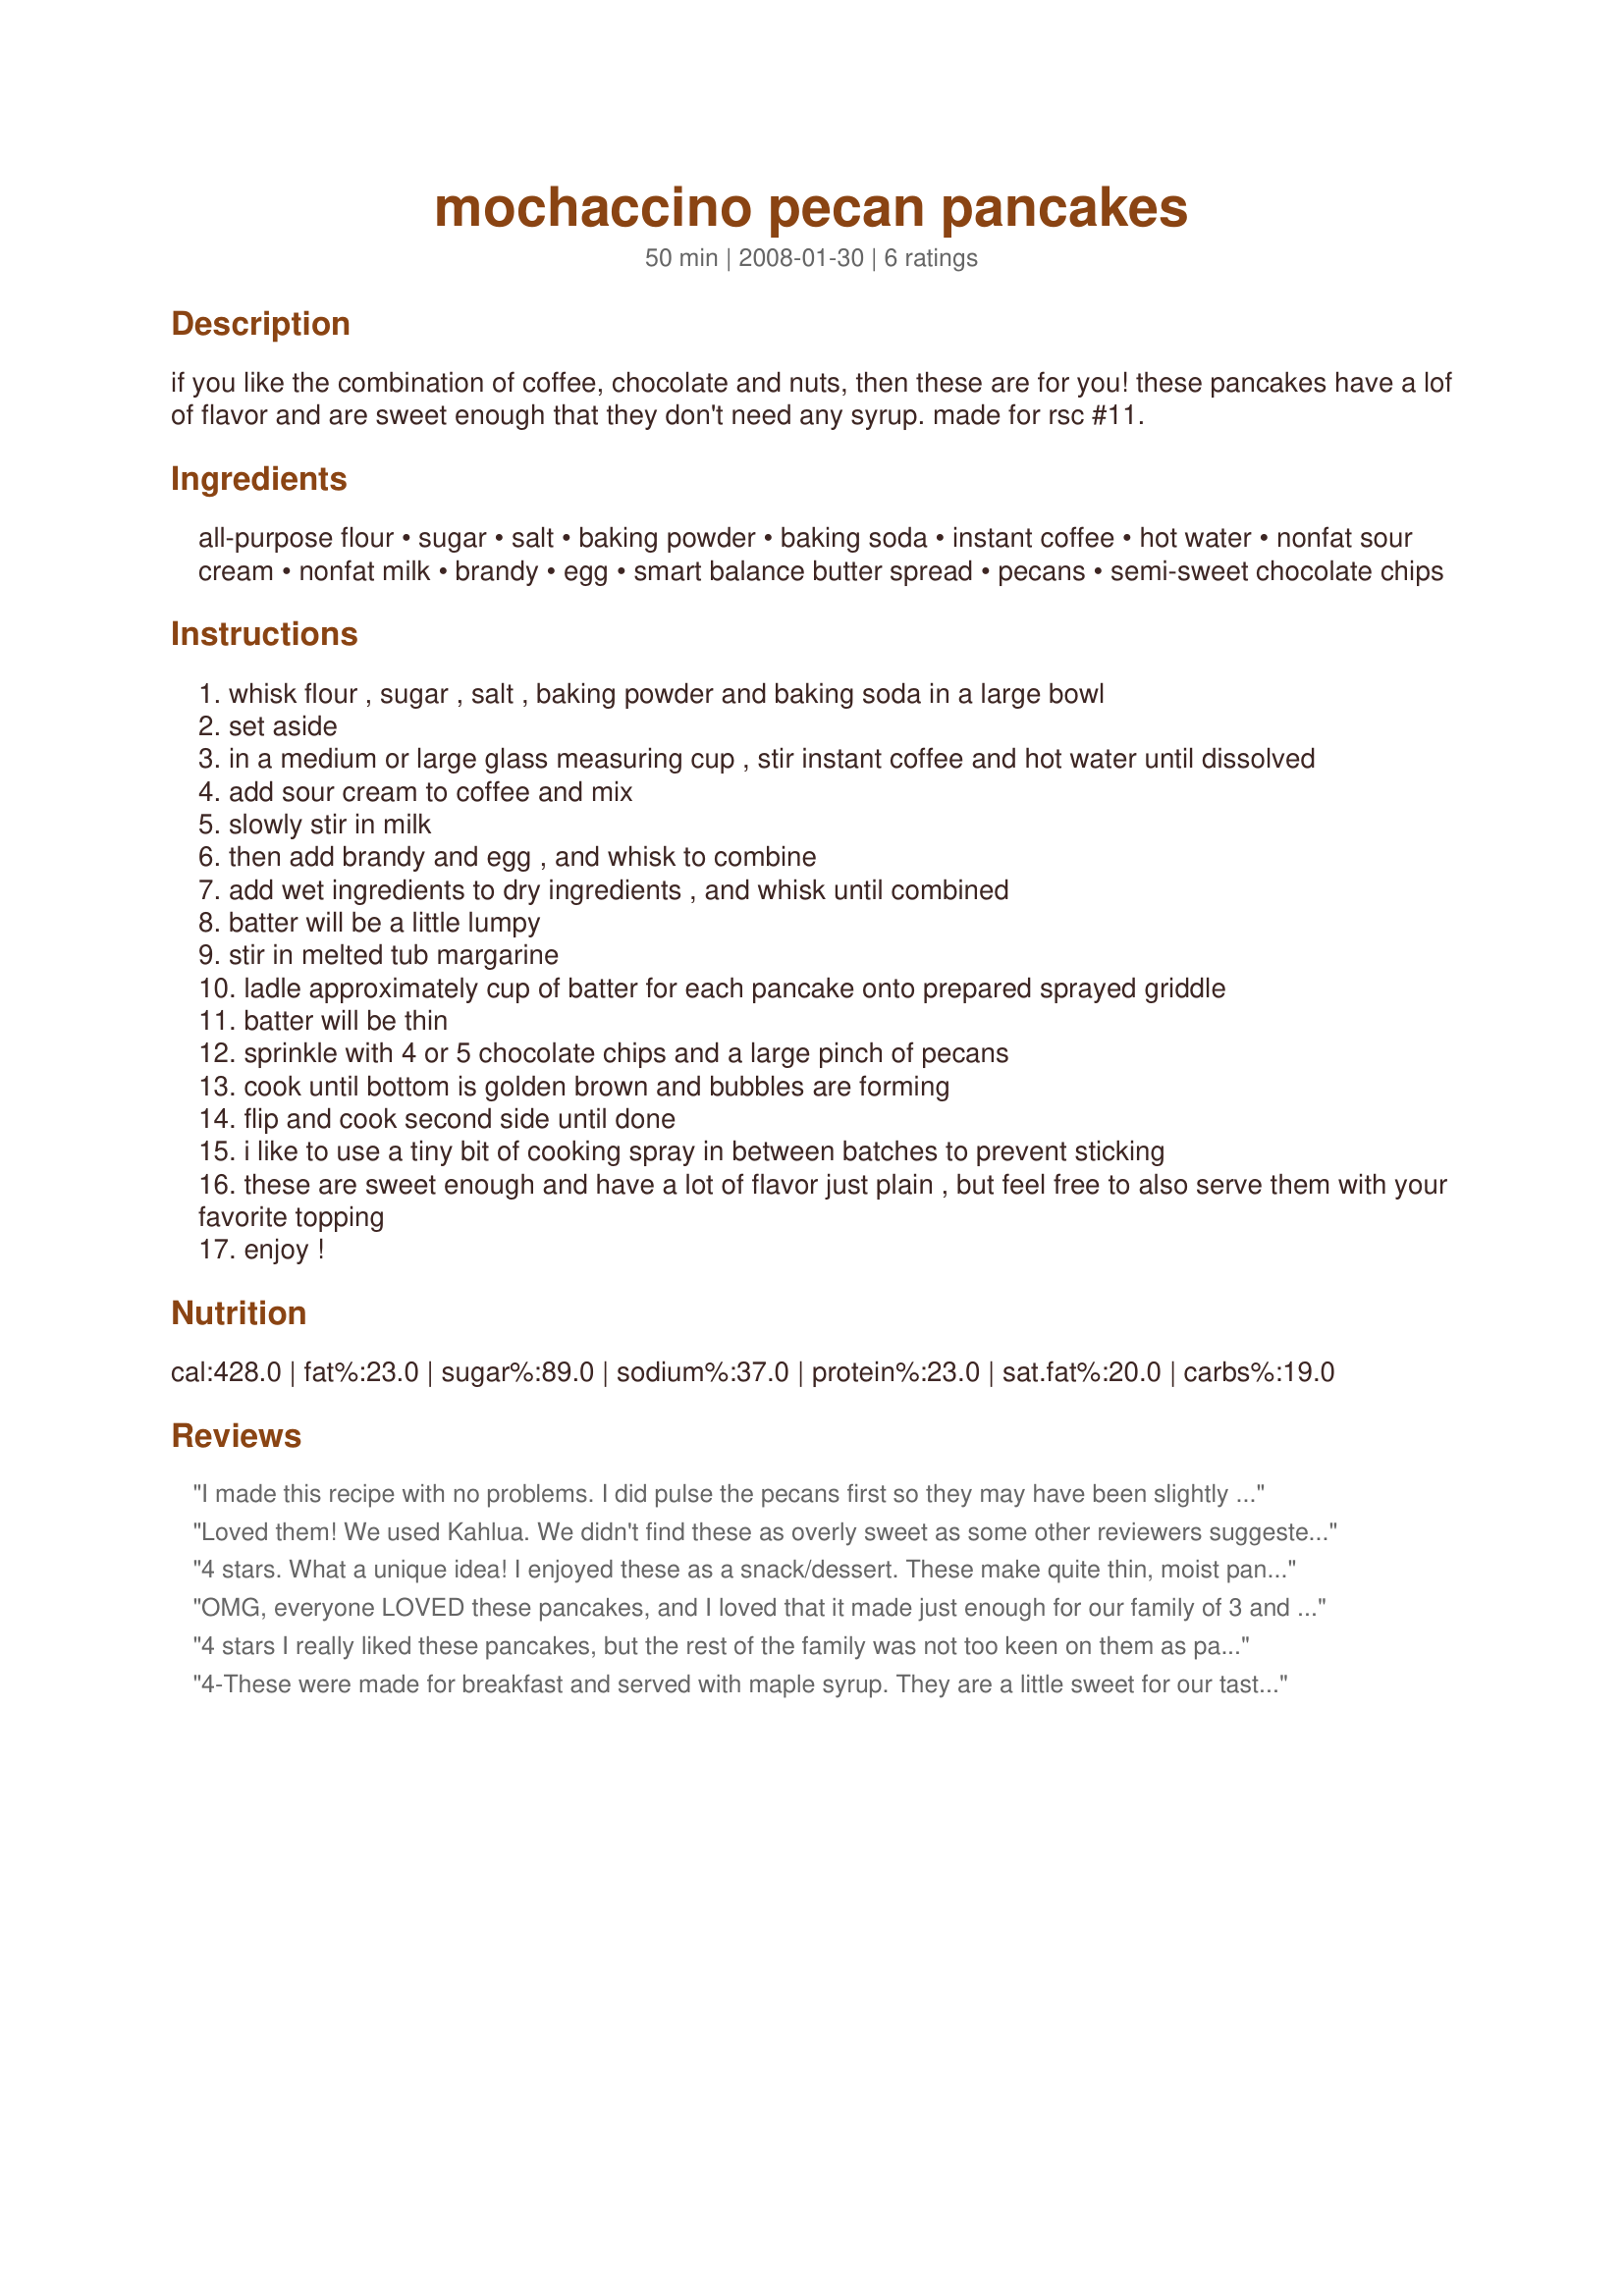
mochaccino pecan pancakes
Preparation time: 50 minutes

if you like the combination of coffee, chocolate and nuts, then these are for you! these pancakes have a lof of flavor and are sweet enough that they don't need any syrup. made for rsc #11.

Ingredients:
all-purpose flour, sugar, salt, baking powder, baking soda, instant coffee, hot water, nonfat sour cream, nonfat milk, brandy, egg, smart balance butter spread, pecans, semi-sweet chocolate chips

Steps:
whisk flour , sugar , salt , baking powder and baking soda in a large bowl
set aside
in a medium or large glass measuring cup , stir instant coffee and hot water until dissolved
add sour cream to coffee and mix
slowly stir in milk
then add brandy and egg , and whisk to combine
add wet ingredients to dry ingredients , and whisk until combined
batter will be a little lumpy
stir in melted tub margarine
ladle approximately cup of batter for each pancake onto prepared sprayed griddle
batter will be thin
sprinkle with 4 or 5 chocolate chips and a large pinch of pecans
cook until bottom is golden brown and bubbles are forming
flip and cook second side until done
i like to use a tiny bit of cooking spray in between batches to prevent sticking
these are sweet enough and have a lot of flavor just plain , but feel free to also serve them with your favorite topping
enjoy !

Reviews:
I made this recipe with no problems. I did pulse the pecans first so they may have been slightly finer than suggested. I also used mini chocolate chips and brandy extract. The pancakes are very sweet so wouldn't be part of a regular breakfast for us, but for an occasional splurge they were wonderful. Thank you for your entry in RSC #11.
Loved them! We used Kahlua. We didn't find these as overly sweet as some other reviewers suggested, but they are flavorful and don't need to be covered up with lots of syrup. Also the consistency was like a regular pancake, not thinner or like a crepe as I read in another review. I really enjoyed a breakfast sandwich I made the following day, using two warmed pancakes with fat free ricotta inside. Made for the March 2008 Coffee Photo Challenge.
4 stars. What a unique idea! I enjoyed these as a snack/dessert. These make quite thin, moist pancakes, reminiscent of crepes but not as thin. Although I didn't have any, they'd be excellent with chocolate sauce! The morsels of chocolate chips here are delish. Thanks for such a unique treat. Reviewed for RSC #11.
OMG, everyone LOVED these pancakes, and I loved that it made just enough for our family of 3 and not a ton. So good with that rich coffee flavor. Mine turned out nice and fluffy, but did cook up rather dark, but thinking that's just from the ingredients as they tasted great and nothing better than chocolate chips and pecans to set off a pancake. I ate mine plan as didn't need any butter or syrup, DH topped his with both - but no matter the topping the pancakes themselves are over the top good. Made for Autumn Fever Game
4 stars

I really liked these pancakes, but the rest of the family was not too keen on them as pancakes - they were much liked as a kind of soft, floppy cookie, though. The nuts seemed to be a no-no with everyone. Even though we all love nuts, no one wanted them in their breakfast. As the maker of this recipe, I found the batter too runny. My first batch had raggedy, uneven edges, and I think the liquid to flour ratio may be slightly off. Also, this batch never really cooked in the middle. I added a couple of tablespoonfuls of flour to the remaining batter (this is after I had removed 3/4 cup for my first batch) and that seemed to be just about right. The next batches were all lovely, fluffy and circular, with no raggedy edges. I really liked the taste of these and will make them again - just slightly more flour and no nuts. Good luck, chef.
4-These were made for breakfast and served with maple syrup. They are a little sweet for our taste and probably would have better as a dessert with a fruit topping instead of the syrup. The pecans and chocolate chips were stirred into the batter. The recipe makes lots. More like 4 or 5 servings instead of the 2-3. I was a little concerned about the quantity of milk as the recipe said the batter would be thin; however, I only a little shy of using the 1 cup milk and had no problems with the batter. I served the leftovers with a berry topping and they were much better. Good luck in RSC #11.
